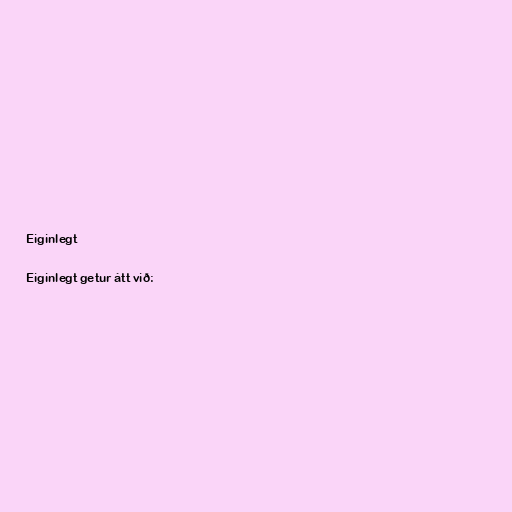
Eiginlegt

Eiginlegt getur átt við: